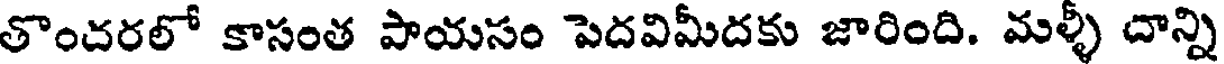
తొంచరలో కాసంత పాయసం పెదవిమీదకు జారింది. మళ్ళీ దాన్ని